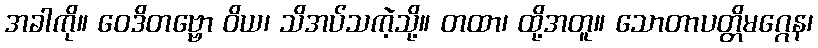
အခါကို။ ဝေဒိတဗ္ဗော ဝိယ၊ သိအပ်သကဲ့သို့။ တထာ၊ ထို့အတူ။ သောတာပတ္တိမဂ္ဂေန၊